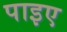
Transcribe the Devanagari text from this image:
पाइए